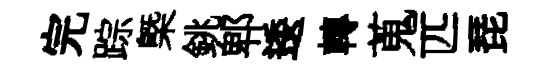
完踪㮣銚郫逶轉蒐匹琵